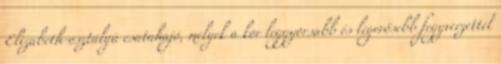
Elizabeth-osztályú csatahajó, melyek a kor leggyorsabb és legerősebb fegyverzettel